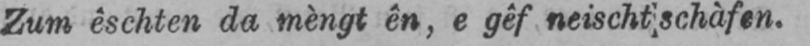
Zum êschten da mèngt ên, e gêf neischt schàfen.